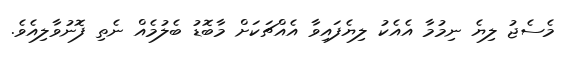
މެސެޖު ލިޔެ ނިމުމާ އެއެކު ލިޔެފައިވާ އެއްޗަކަށް މާބޮޑު ބެލުމެއް ނެތި ފޮނުވާލިއެވެ.